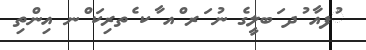
ުފއާ ުދ ަބލީގެ ނު ަރ ްއ ާކ ެތރިކަ ްނ އިންތި